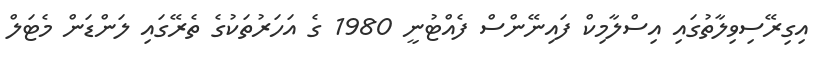
އިގިރޭސިވިލާތުގައި އިސްލާމިކް ފައިނޭންސް ފެއްޓުނީ 1980 ގެ އަހަރުތަކުގެ ތެރޭގައި ލަންޑަން މެޓަލް